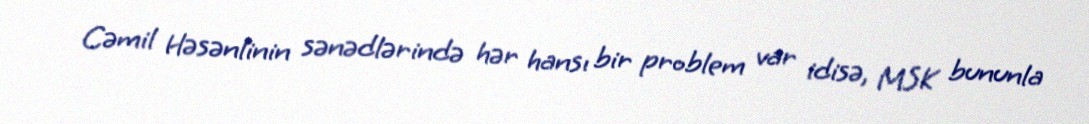
Cəmil Həsənlinin sənədlərində hər hansı bir problem var idisə, MSK bununla